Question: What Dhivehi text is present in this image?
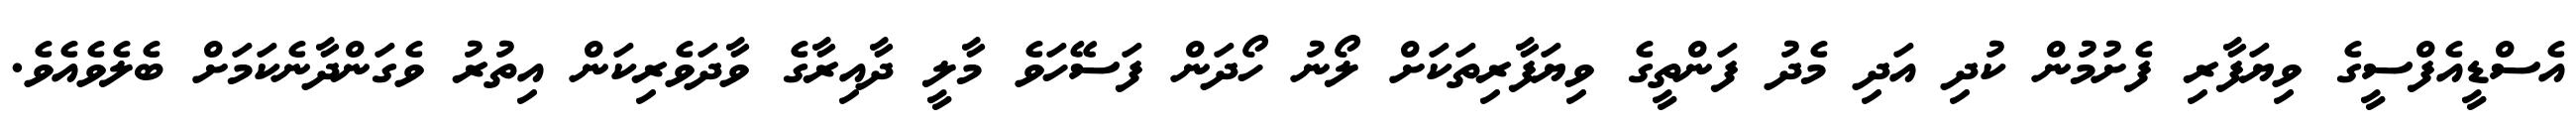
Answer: އެސްޑީއެފްސީގެ ވިޔަފާރި ފެށުމުން ކުދި އަދި މެދު ފަންތީގެ ވިޔަފާރިތަކަށް ލޯނު ހޯދަން ފަސޭހަވެ މާލީ ދާއިރާގެ ވާދަވެރިކަން އިތުރު ވެގަންދާނެކަމަށް ބެލެވެއެވެ.